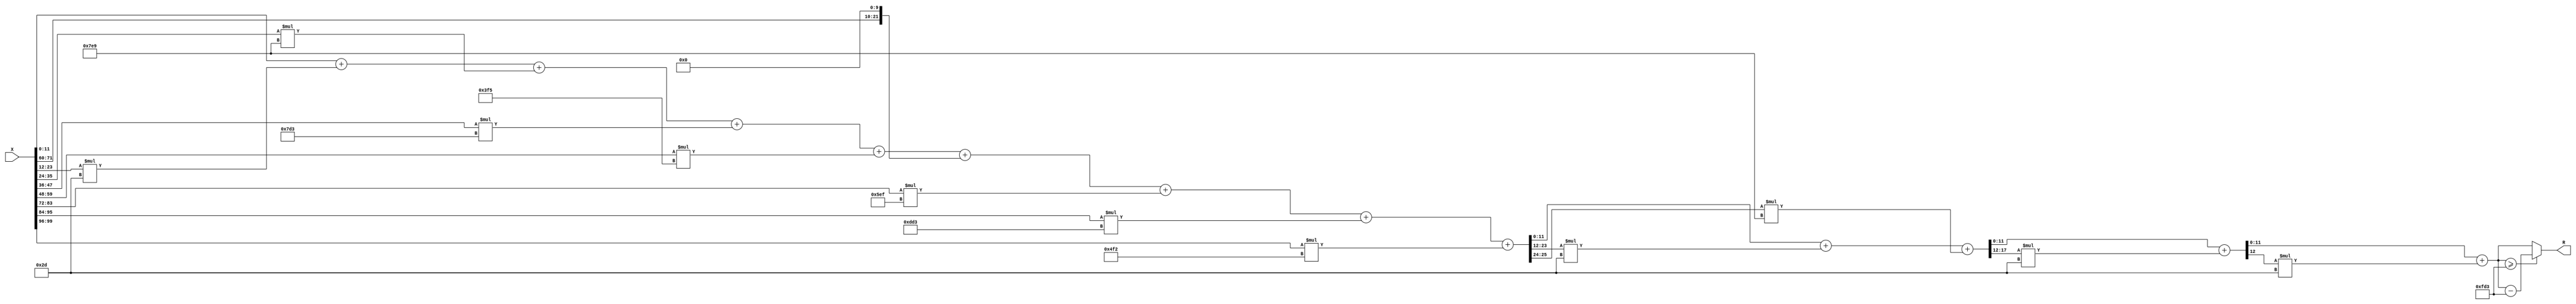
module x_100_mod_4051(
    input [100:1] X,
    output [12:1] R
    );

wire [26:1] R_temp_1;
wire [18:1] R_temp_2;
wire [13:1] R_temp_3;
wire [12:1] R_temp_4;
reg [12:1]  R_temp;

assign R_temp_1 = X [ 12 : 1 ]  + X [ 24 : 13 ] * 6'b101101 + X [ 36 : 25 ] * 11'b11111101001 + 
						X [ 48 : 37 ] * 11'b11111010011 + X [ 60 : 49 ] * 10'b1111110101 + 
						{X [ 72 : 61 ], 10'b0000000000} + X [ 84 : 73 ] * 11'b10111101111 + 
						X [ 96 : 85 ] * 12'b110111010011 + X [ 100 : 97 ] * 11'b10011110010 ;

assign R_temp_2 = R_temp_1 [ 12 : 1 ]  + R_temp_1 [ 24 : 13 ] * 6'b101101 + 
						R_temp_1 [ 26 : 25 ] * 11'b11111101001 ;

assign R_temp_3 = R_temp_2 [ 12 : 1 ]  + R_temp_2 [18 : 13 ] * 6'b101101 ;

assign R_temp_4 = R_temp_3 [ 12 : 1 ]  + R_temp_3 [ 13 ] * 6'b101101 ;

always @(R_temp_4)
begin
  if (R_temp_4 >= 12'b111111010011  )
    R_temp <= R_temp_4 - 12'b111111010011;
  else
    R_temp <= R_temp_4;
end

assign R = R_temp;

endmodule